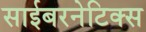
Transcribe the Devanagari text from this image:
साईबरनेटिक्स